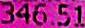
346.51